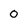
Character: 0